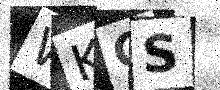
Text: WKGS